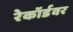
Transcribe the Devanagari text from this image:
रेकॉर्डवर